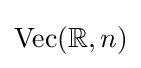
\operatorname {Vec} (\mathbb {R} ,n)